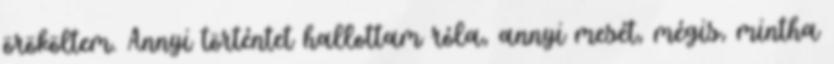
örököltem. Annyi történtet hallottam róla, annyi mesét, mégis, mintha